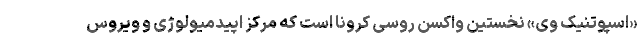
«اسپوتنیک وی» نخستین واکسن روسی کرونا است که مرکز اپیدمیولوژی و ویروس